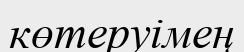
көтеруімең